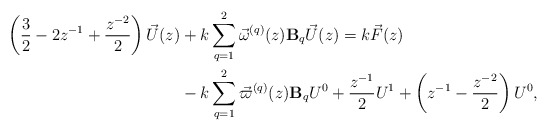
\begin{align*} \left( \frac{3}{2} - 2z^{-1} + \frac{z^{-2}}{2} \right) \vec{U}(z) & + k \sum\limits_{q=1}^{2} \vec{\omega}^{(q)}(z)\mathbf{B}_q\vec{U}(z) = k\vec{F}(z) \\ &- k\sum\limits_{q=1}^{2} \vec{\varpi}^{(q)}(z) \mathbf{B}_qU^0 + \frac{z^{-1}}{2}U^1 + \left( z^{-1} - \frac{z^{-2}}{2} \right)U^0, \end{align*}